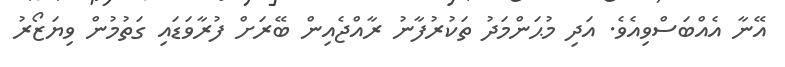
އޭނާ އެއްބަސްވިއެވެ. އަދި މުޙަންމަދު ތަކުރުފާނު ރާއްޖެއިން ބޭރަށް ފުރާވަޑައި ގަތުމުން ވިޔަޒޯރު